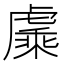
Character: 𬟯